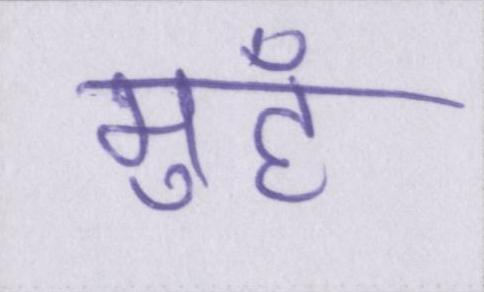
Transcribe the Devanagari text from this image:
मुहँ